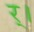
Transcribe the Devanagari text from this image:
र्।